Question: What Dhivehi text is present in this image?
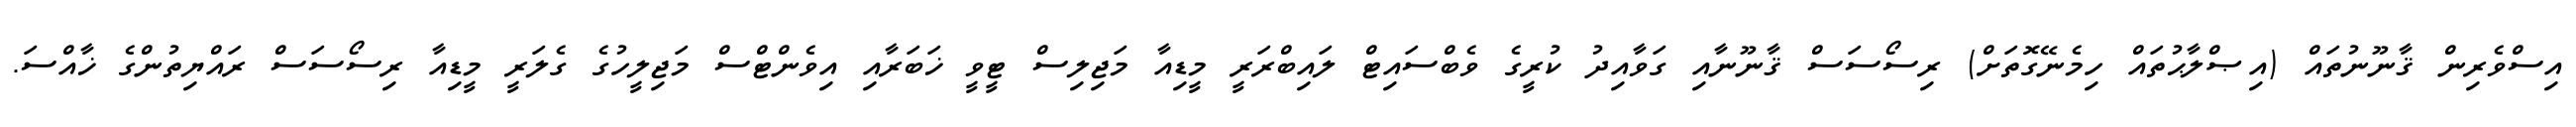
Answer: އިސްވެރިން ޤާނޫނުތައް (އިޞްލާޙުތައް ހިމެނޭގޮތަށް) ރިސޯސަސް ޤާނޫނާއި ގަވާއިދު ކުރީގެ ވެބްސައިޓް ލައިބްރަރީ މީޑިއާ މަޖިލިސް ޓީވީ ޚަބަރާއި އިވެންޓްސް މަޖިލީހުގެ ގެލަރީ މީޑިއާ ރިސޯސަސް ރައްޔިތުންގެ ޚާއްސަ.